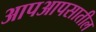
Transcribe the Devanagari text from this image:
आपआपसातील